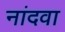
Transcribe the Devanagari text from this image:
नांदवा